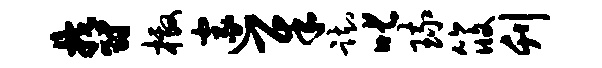
郁檄邃犀踟叱琉筱刊